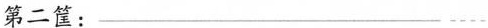
第二筐：___